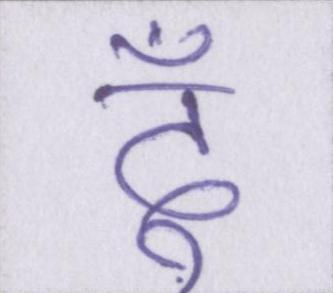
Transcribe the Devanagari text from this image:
दूँ